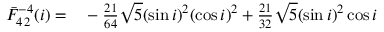
\begin{array} { r l } { \bar { F } _ { 4 \, 2 } ^ { - 4 } ( i ) = } & { { } - \frac { 2 1 } { 6 4 } \sqrt { 5 } ( \sin i ) ^ { 2 } ( \cos i ) ^ { 2 } + \frac { 2 1 } { 3 2 } \sqrt { 5 } ( \sin i ) ^ { 2 } \cos i } \end{array}